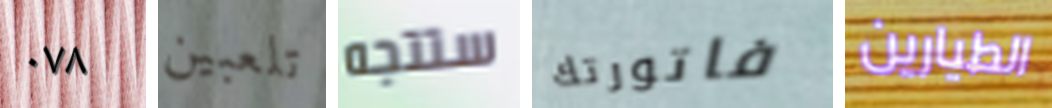
٠٧٨ تلعبين ستتجه فاتورتك الطيارين